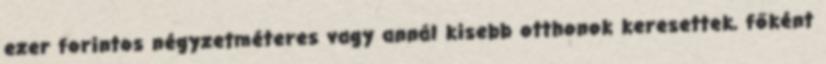
ezer forintos négyzetméteres vagy annál kisebb otthonok keresettek, főként